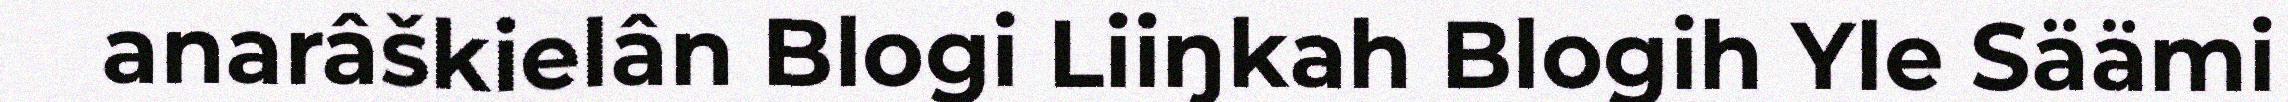
anarâškielân Blogi Liiŋkah Blogih Yle Säämi